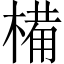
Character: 𣖾